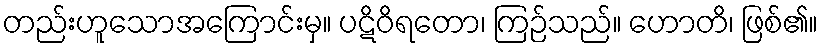
တည်းဟူသောအကြောင်းမှ။ ပဋိဝိရတော၊ ကြဉ်သည်။ ဟောတိ၊ ဖြစ်၏။